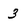
Character: 3